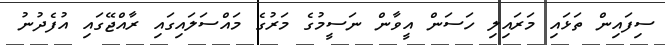
ސިފައިން ތަޅައި މަރައިލި ހަސަން އީވާން ނަސީމުގެ މަރުގެ މައްސަލައިގައި ރާއްޖޭގައި އުފެދުނު